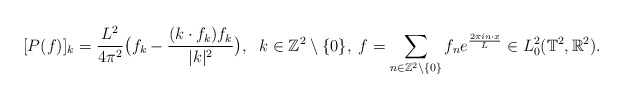
\begin{align*}[P(f)]_k=\frac{L^2}{4\pi^2}\big(f_k-\frac{(k\cdot f_k)f_k}{\vert k\vert^2} \big),\;\ k\in\mathbb{Z}^2\setminus\{0\},\; f=\sum_{n\in\mathbb{Z}^2\setminus\{0\}} f_n e^{\frac{2\pi i n\cdot x}{L}}\in L^2_0(\mathbb{T}^2,\mathbb{R}^2).\end{align*}